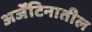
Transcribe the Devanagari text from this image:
अर्जेंटिनातील